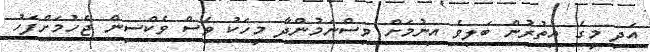
އަދި މީގެ އިތުރުން ބަލިވެ އިނުމަށް ވިސްނަމުންދާ މީހަކު ވެސް ވެކްސިން ޖެހުމަށްފަހު